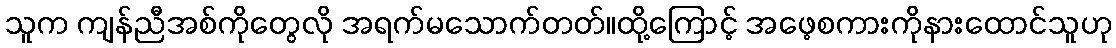
သူက ကျန်ညီအစ်ကိုတွေလို အရက်မသောက်တတ်။ထို့ကြောင့် အဖေ့စကားကိုနားထောင်သူဟု